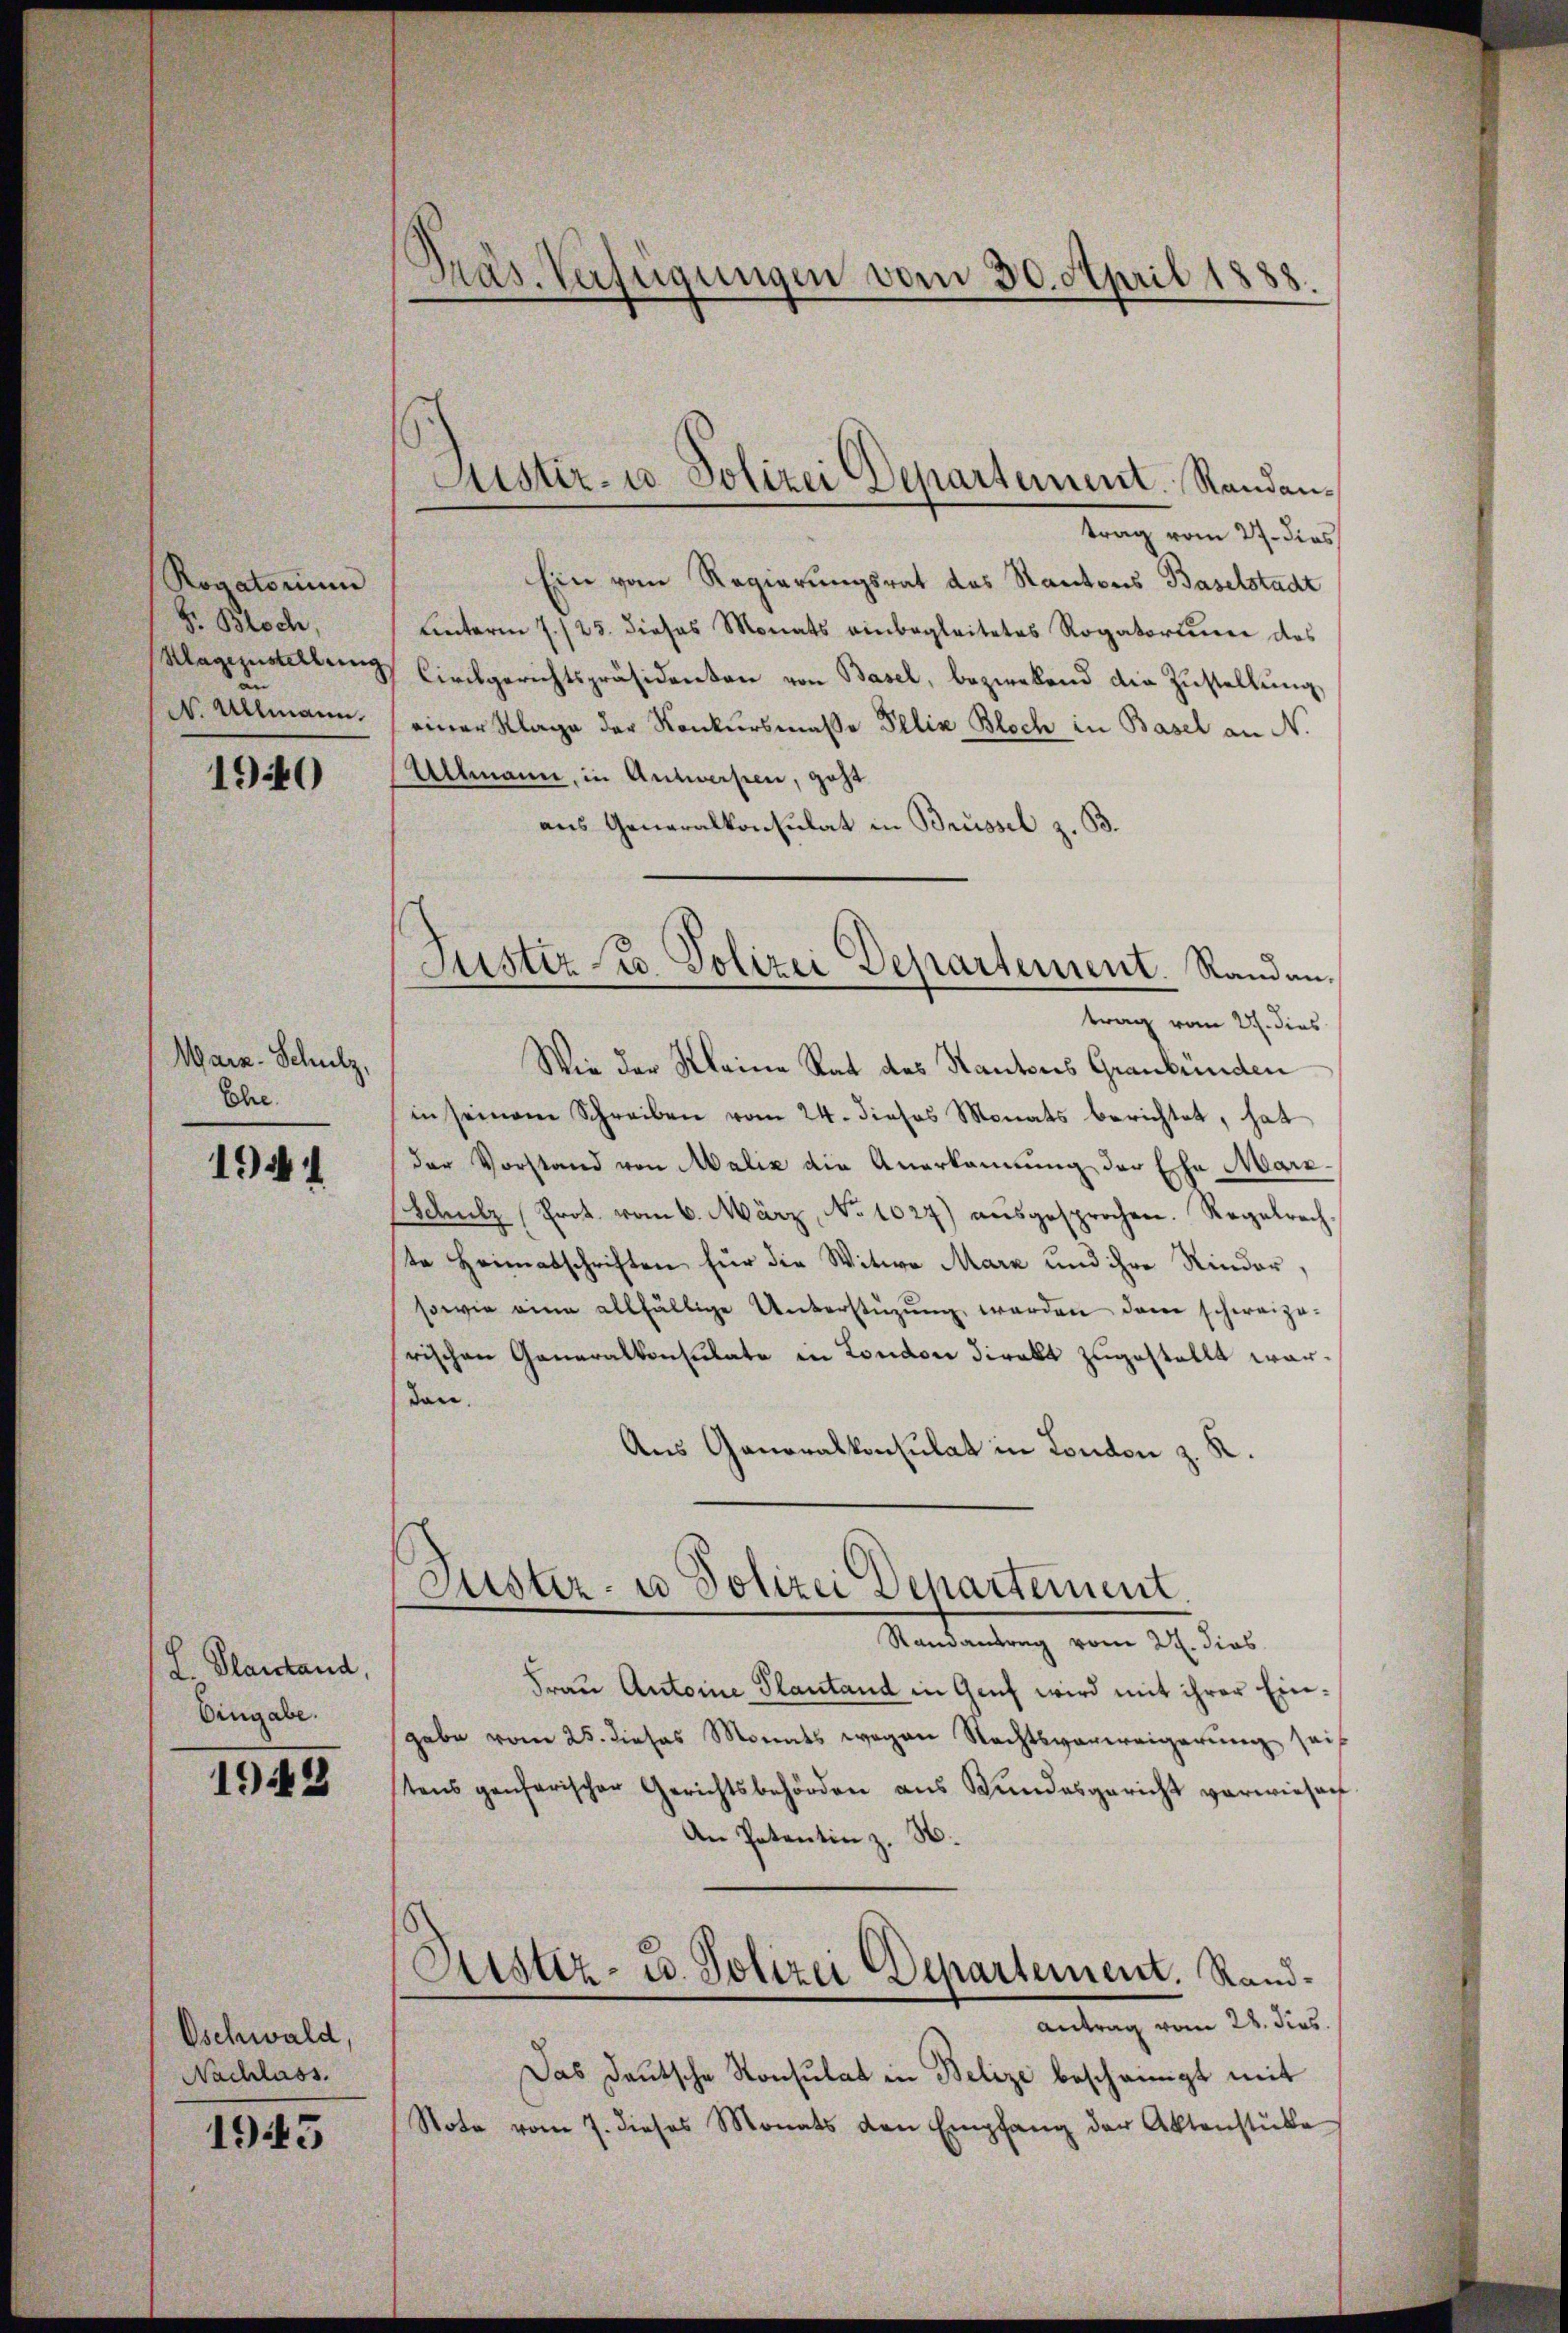
Rogatorium
S. Bloch,
Klagezustellung
en
N. Allmann.

1940

Marn-Schulz,
Ehe.

1944

L. Planstand,
Eingabe.

1942

Oschwald,
Nachlass.
1945

Präs. Verfügungen vom 30. April 1888

trag vom 27. dies
Ein vom Regierungsrat des Kantons Baselstadt
unterm 7./25. dieses Monats einbegleitetes Rogatortiner das
Circhgerichtspräsidenten von Basel, bezwekend die Zustellung,
einer Klage der Konkursmasse Felix Bloch in Basel an N.
Allmann, in Antwerpen, geht
aus Generalkonsulat in Brüssel z. B.
trag vom 21. dies
Wie der Kleine Rat des Kantons Graubünden
in seinem Schreiben vom 24. dieses Monats berichtet, hat
der Vorstand von Malić die Anerkannung der Ehe Marz
Schulz Prot. vom 6. März, No 1627) ausgesprochen. Regelrechte Heimatschriften für die Witwe Marx und ihre Rinder,
sowie eine allfällige Unterstüzŭng werden dann schweize-
rischen Generalkonsulate in London direkt zugestellt war.
den.
Aus Ganoralkonsulat in London z. R.
Suster- u Polizei Departement.
Randantrag vom 22. dies
Frau Antoine Plantand in Genf wird mit ihrer Eingabe vom 25. dieses Monats wegen Rechtsverweigerung sei
tens genarischer Gerichtsbehörden ans Bundesgericht verwiesen
An Patentin z. B.
Austiz- u. Polizei Departement. Randantrag vom 28. dies
Das Deutsche Konsulat in Belize bescheinigt mit
Note vom 7. dieses Monats den Empfang der Aktenstücke

Justiz- u Polizei Departement. Randan¬

Justiz u. Polizei Departement. Randan¬